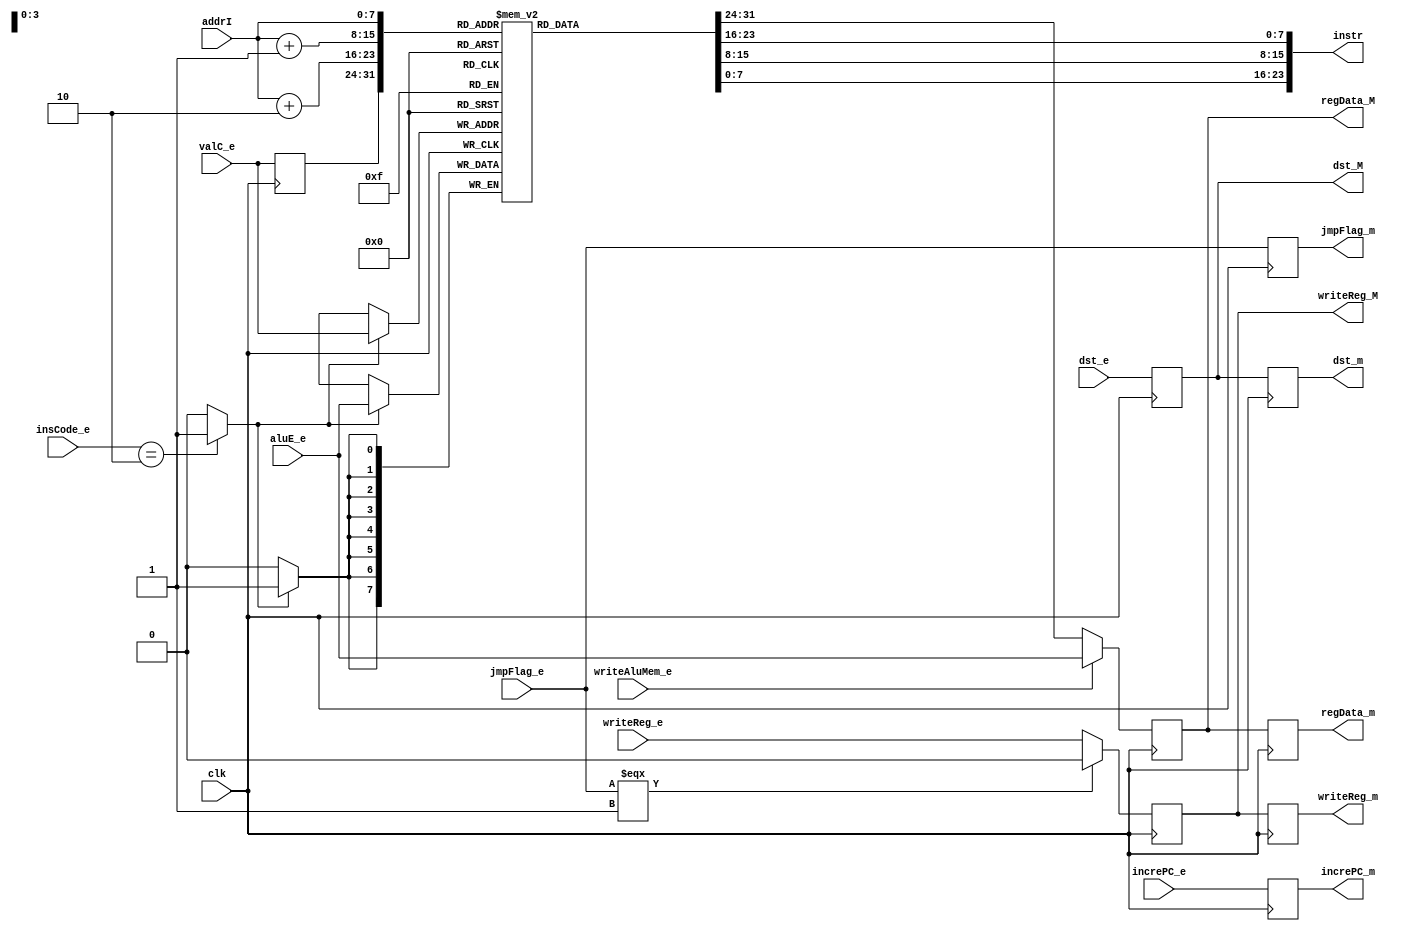
module Memory 
(
    input clk,
    input [3:0] insCode_e,
    input [7:0] addrI,
    input [7:0] aluE_e,
    input [7:0] valC_e,
    input [3:0] dst_e,
    input       jmpFlag_e,
    input [7:0] increPC_e,
    input       writeReg_e,
    input       writeAluMem_e,

    output reg        jmpFlag_m,
    output reg [7:0]  increPC_m,
    output     [23:0] instr,
    output reg        writeReg_M,
    output reg        writeReg_m,
    output reg [3:0]  dst_M,
    output reg [3:0]  dst_m,
    output reg [7:0]  regData_M,
    output reg [7:0]  regData_m
);

    reg [7:0] ram [255:0];
    
    initial begin
        ram[0] = 8'b0001_0001;
        ram[1] = 8'b0000_0000;
        ram[2] = 8'b0000_0010;
        ram[3] = 8'b0001_0001;
        ram[4] = 8'b0010_0000;
        ram[5] = 8'b0000_0100;
        ram[6] = 8'b0101_0010;
        ram[7] = 8'b0000_0010;
        ram[8] = 8'b0111_1111;
        ram[9] = 8'b0001_0000;
        ram[10] = 8'b0110_0000;
        ram[127] = 8'b0001_0000;
        ram[128] = 8'b0100_0000;
    end
    
    reg [7:0] addrW_M;
    reg [7:0] aluE_M;
    reg [7:0] valM_M;
    reg [3:0] insCode_M;
    reg       writeAluMem_M;
    reg       writeMem;
    reg [7:0] valC_M;
    

    always @(posedge clk) begin 
        dst_M      = dst_e;
        jmpFlag_m  = jmpFlag_e;
        writeReg_M = jmpFlag_m === 1'b1 ? 1'b0 : writeReg_e;
        writeAluMem_M = writeAluMem_e;
        insCode_M  = insCode_e;
        aluE_M     = aluE_e;
        jmpFlag_m  = jmpFlag_e;
        increPC_m  = increPC_e;
        valM_M     = ram[valC_M];
        valC_M     = valC_e;
        regData_M  = writeAluMem_M ? aluE_M : valM_M;

        if( insCode_M == 4'b0010) 
            writeMem = 1'b1;
        else 
            writeMem = 1'b0;

        if( writeMem) 
            ram[ valC_M] = aluE_M;    
        //write when posedge clk
    end

    always @(negedge clk) begin 
        dst_m = dst_M;
        writeReg_m = writeReg_M;
        regData_m  = regData_M;
    end
    
    assign instr = {ram[addrI], ram[addrI + 1], ram[addrI + 2]};

endmodule